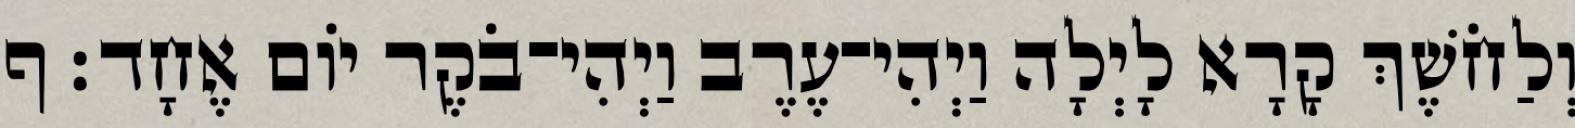
וְלַחֹשֶׁךְ קָרָא לָיְלָה וַיְהִי־עֶרֶב וַיְהִי־בֹקֶר יֹום אֶחָד׃ ף